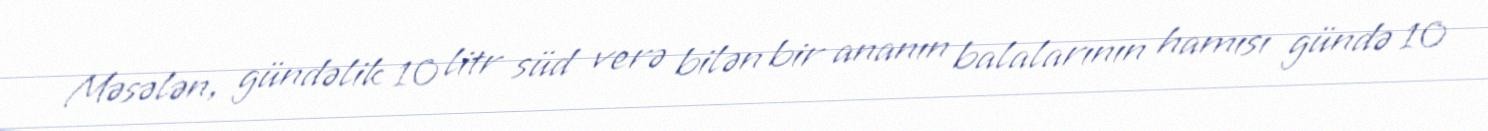
Məsələn, gündəlik 10 litr süd verə bilən bir ananın balalarının hamısı gündə 10